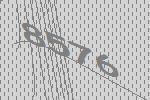
8576